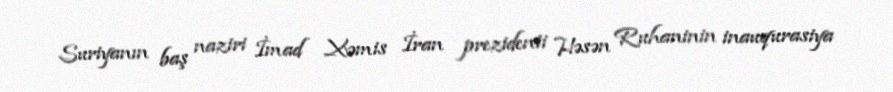
Suriyanın baş naziri İmad Xəmis İran prezidenti Həsən Ruhaninin inauqurasiya